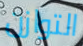
التوازن